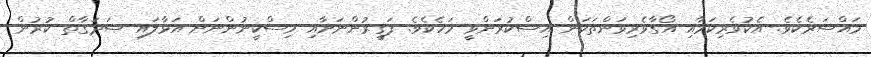
މައްސަރެކެވެ. އެކުވެރިކަމާއި އޯގާވެރިވަންތަކަން އިސްކުރަންވީ މަހެކެވެ. ފަގީރުންނަށާއި މިސްކީނުންނަށް އަޅާލައި ޞަދަގާތް ކުރުން